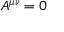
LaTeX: A ^ { \mu \nu } = 0